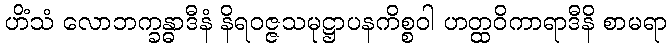
ဟိံသံ လောဘက္ခန္ဓာဒီနံ နိရဝဇ္ဇသမုဋ္ဌာပနကိစ္စဝါ ဟတ္ထဝိကာရာဒီနိ စာမရာ